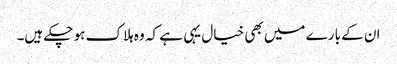
ان کے بارے میں بھی خیال یہی ہے کہ وہ ہلاک ہو چکے ہیں۔